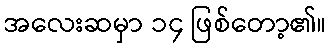
အလေးဆမှာ ၁၄ ဖြစ်တော့၏။